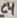
Text: C4